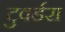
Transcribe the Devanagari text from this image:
टुवर्डस